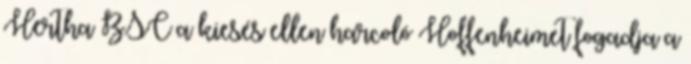
Hertha BSC a kiesés ellen harcoló Hoffenheimet fogadja a